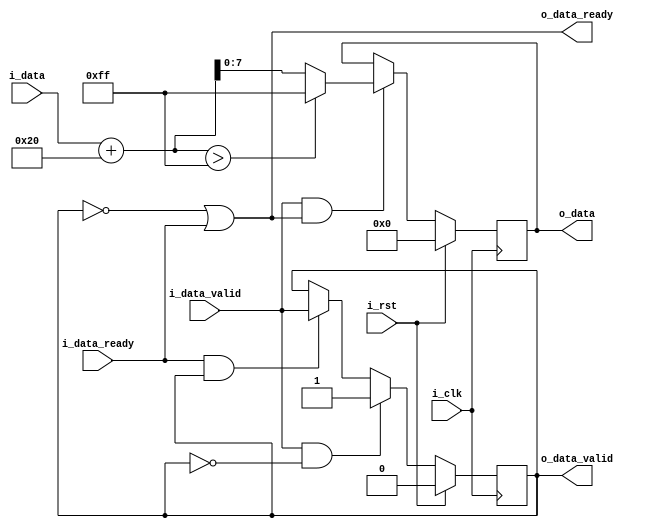
`timescale 1ns / 1ps
//////////////////////////////////////////////////////////////////////////////////
// Company: 
// Engineer: 
// 
// Design Name: 
// Module Name: contrast_inc
// Project Name: 
// Target Devices: 
// Tool Versions: 
// Description: 
// 
// Dependencies: 
// 
// Revision:
// Revision 0.01 - File Created
// Additional Comments:
// 
//////////////////////////////////////////////////////////////////////////////////


module contrast_inc(
 input i_clk,
 input i_rst,
 
 //upstream
 input i_data_valid,
 input [7:0]i_data,
 output o_data_ready,
 
 //downstream
 output o_data_valid,
 output [7:0]o_data,
 input i_data_ready
    );
    
    reg valid_data;
    reg [7:0]contrast_val = 8'h20;
    reg [7:0]pixel_val;
    wire[8:0]con_pixel_val;
    
    assign con_pixel_val = i_data + contrast_val;
    
    always @(posedge i_clk)
    begin
        if(i_rst)
        begin
            pixel_val <= 0;
        end
        else
        begin
            if(i_data_valid & o_data_ready)
            begin
                if(con_pixel_val > 255)
                    pixel_val <= 8'hff;
                else
                    pixel_val <= con_pixel_val;        
            end
        end
    end
    
    always @(posedge i_clk)
    begin
        if(i_rst)
            valid_data <= 0;
        else if(i_data_valid & !valid_data)
            valid_data <= 1;
        else if(i_data_ready & valid_data)
            valid_data <= i_data_valid; 
    end
    
    assign o_data_ready = ~valid_data | i_data_ready ;
    assign o_data_valid = valid_data; 
    
    assign o_data = pixel_val;      
    
endmodule